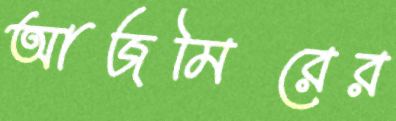
আজমিরের